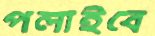
পলাইবে